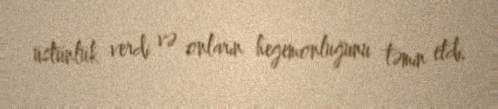
üstünlük verdi və onların hegemonluğunu təmin etdi.